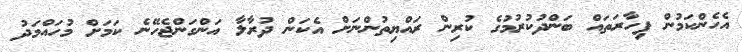
އެހެންކަމުން ފިހާރަތައް ބަންދުކުރުމުގެ ކުރިން ރައްޔިތުންނަށް އެކަން ދުރާލާ އަންގަންޖެހޭނެ ކަމަށް މުހައްމަދު